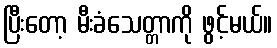
ပြီးတော့ မီးခံသေတ္တာကို ဖွင့်မယ်။